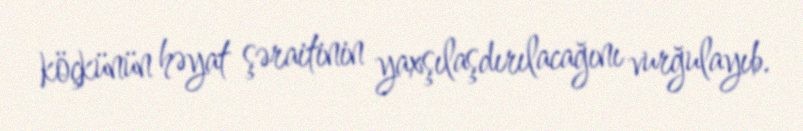
köçkünün həyat şəraitinin yaxşılaşdırılacağını vurğulayıb.